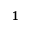
^ { 1 }